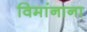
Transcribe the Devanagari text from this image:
विमांनाना